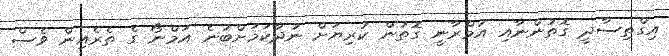
އިގްތިސާދީ ގޮތުންނާއި އުމްރާނީ ގޮތުން ކުރިޔަށް ނުދާކަމަށްބުނެ އަމްނޯ ގެ ތެރެއިން ވެސް